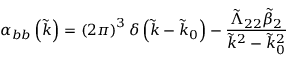
\alpha _ { b b } \left( \tilde { k } \right) = \left( 2 \pi \right) ^ { 3 } \delta \left( \tilde { k } - \tilde { k } _ { 0 } \right) - \frac { \tilde { \Lambda } _ { 2 2 } \tilde { \beta } _ { 2 } } { \tilde { k } ^ { 2 } - \tilde { k } _ { 0 } ^ { 2 } }